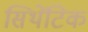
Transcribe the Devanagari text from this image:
सिथेंटिक